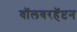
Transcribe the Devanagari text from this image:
वॉलवरहॅप्टन